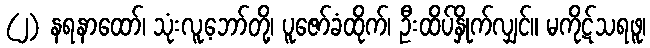
(၂) နရနာထော်၊ သုံးလူ့ဘော်တို့၊ ပူဇော်ခံထိုက်၊ ဦးထိပ်နှိုက်လျှင်။ မကိုဋ်သရဖူ၊